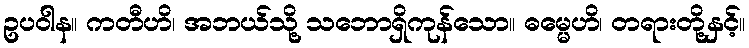
ဥပဝါန။ ကတီဟိ၊ အဘယ်သို့ သဘောရှိကုန်သော။ ဓမ္မေဟိ၊ တရားတို့နှင့်။